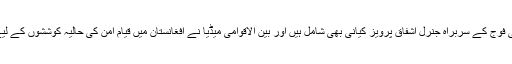
برسلز کا دو روزہ دورہ کرنے والے پاکستانی وفد میں پاکستانی فوج کے سربراہ جنرل اشفاق پرویز کیانی بھی شامل ہیں اور بین الاقوامی میڈیا نے افغانستان میں قیامِ امن کی حالیہ کوششوں کے لیے پاکستانی وفد کے دورہٴ برسلز کو اہم پیش رفت قرار دیا ہے۔